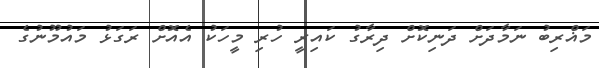
މަޣްރިބު ނަމާދަށް ދަނިކޮށް ދިރާގު ކައިރީ ހުރި މީހަކު އެއޮށް ރަގަޅު މައުމޫނުގެ